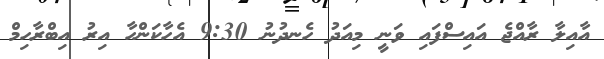
އާއިލާ ރާއްޖެ އަައިސްފައި ވަނީ މިއަދު ހެނދުނު 9:30 އެހާކަންހާ އިރު އިބްރާހިމް